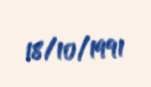
18/10/1991